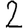
Digit: 2